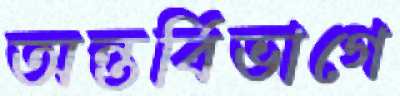
অন্তর্বিভাগে